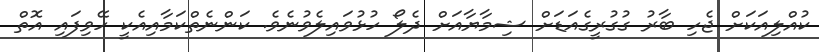
ކުއްލިއަކަށް ޖެހި ބާރު ގުގުރީގެއަޑަށް ޝިމާޔާއަށް ދެލޯ ހުޅުވައިލެވުނެވެ. ކަންނެތްކަމާއިއެކީ ހޭވިފައި އޮތް